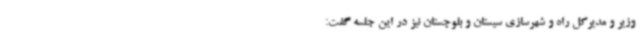
وزیر و مدیرکل راه و شهرسازی سیستان و بلوچستان نیز در این جلسه گفت: